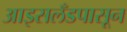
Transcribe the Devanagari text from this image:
आइसलँडपासून